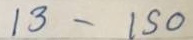
13 - 150